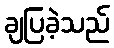
ချပြခဲ့သည်